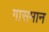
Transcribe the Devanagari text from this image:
गासमान